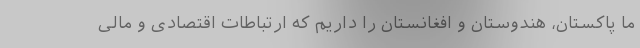
ما پاکستان، هندوستان و افغانستان را داریم که ارتباطات اقتصادی و مالی